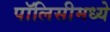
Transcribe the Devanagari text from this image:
पॉलिसीमध्ये